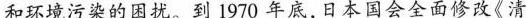
和环境污染的困扰。到 1970 年底,日本国会全面修改《清